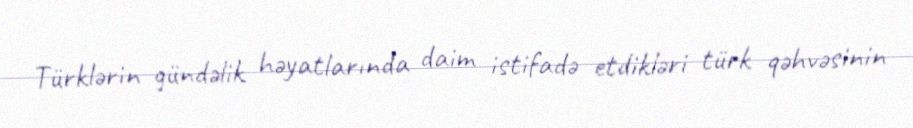
Türklərin gündəlik həyatlarında daim istifadə etdikləri türk qəhvəsinin